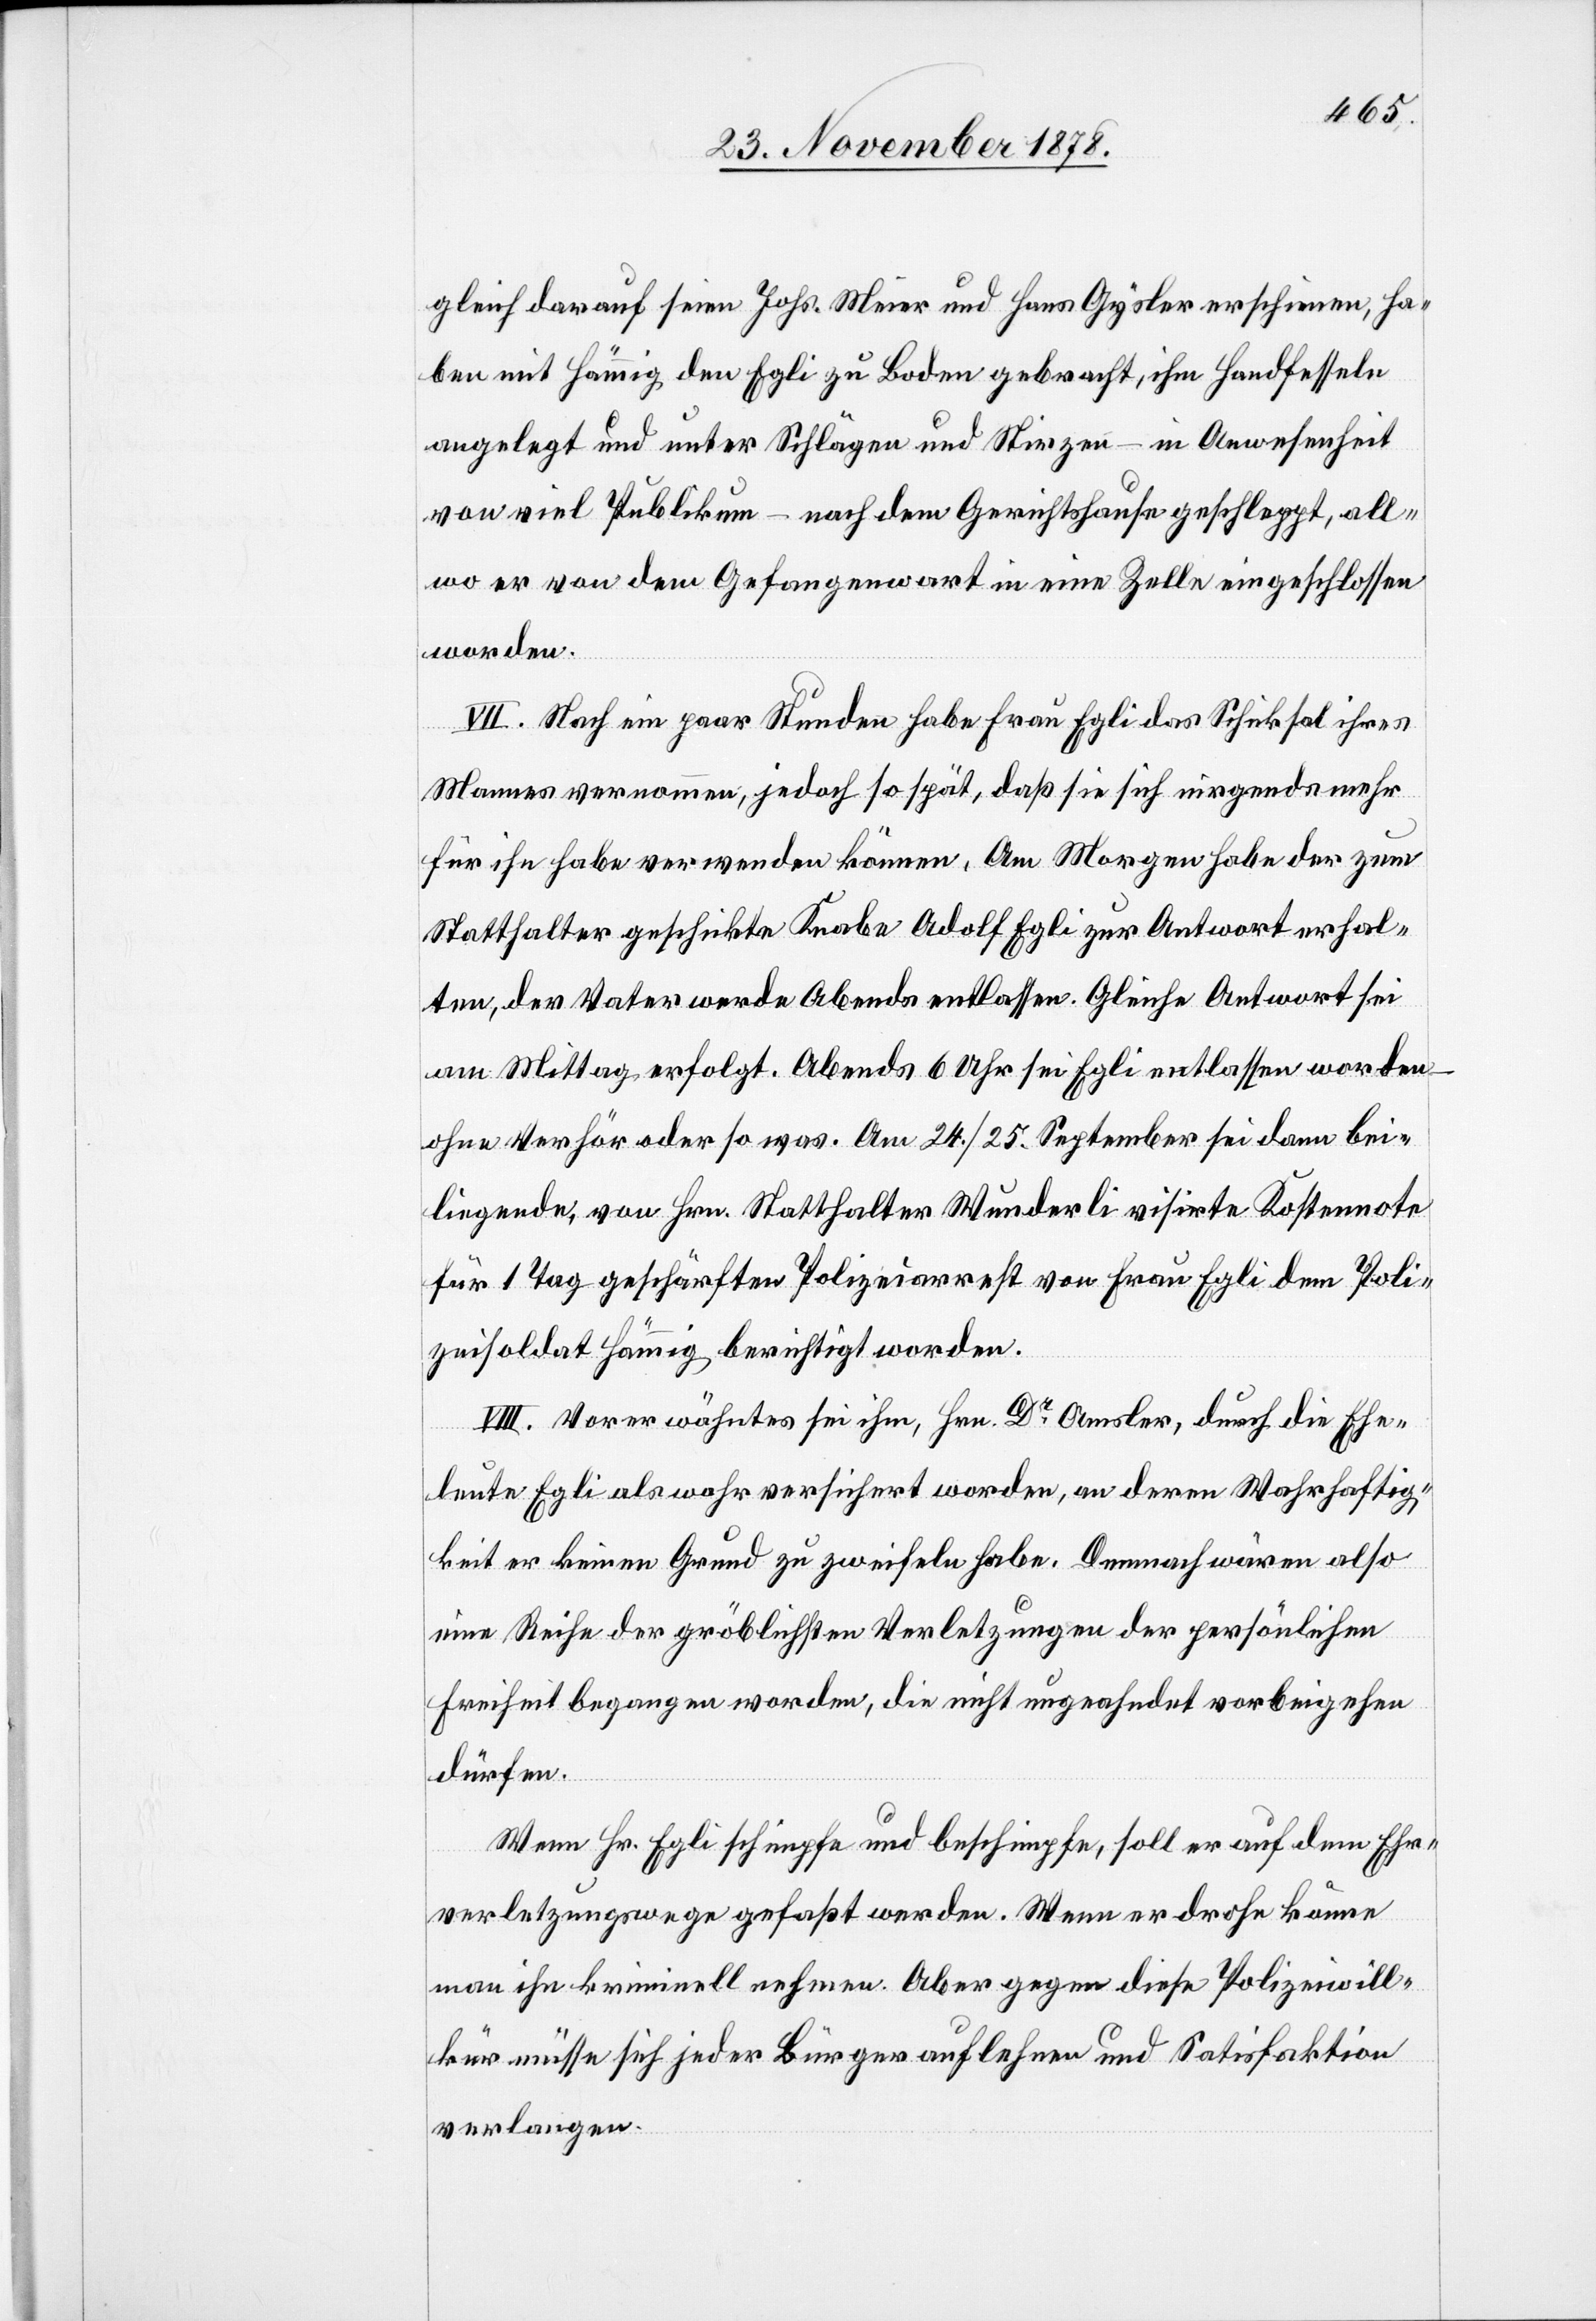
gleich darauf seien Johs. Meier und Hans Gysler erschienen, ha¬
ben mit Hämig, den Egli zu Boden gebracht, ihm Handfesseln
angelegt und unter Schlägen und Stirzen – in Anwesenheit
von viel Publikum – nach dem Gerichtshause geschleppt, all¬
wo er von dem Gefangenenwart in eine Zelle eingeschlossen
worden.
VII. Nach ein paar Stunden habe Frau Egli das Schiksal ihres
Mannes vernommen, jedoch so spät, daß sie sich nirgends mehr
für ihn habe verwenden können. Am Morgen habe der zum
Statthalter geschickte Knabe Adolf Egli zur Antwort erhal¬
ten, der Vater werde Abends entlassen. Gleiche Antwort sei
am Mittag erfolgt. Abends 6 Uhr sei Egli entlassen worden
ohne Verhör oder so was. Am 24./25. September sei dann bei¬
liegende, von Hrn. Statthalter Wunderli visirte Kostennote
für 1 Tag geschärften Polizeiarrest von Frau Egli dem Poli¬
zeisoldat Hämmig [sic!] berichtigt worden.
VIII. Vorerwähntes sei ihm, Hrn. Dr Amsler, durch die Ehe¬
leute Egli als wahr versichert worden, an deren Wahrhaftig¬
keit er keinen Grund zu zweifeln habe. Demnach wären also
eine Reihe der gröblichsten Verletzungen der persönlichen
Freiheit begangen worden, die nicht ungeahndet vorbeigehen
dürfen.
Wenn Hr. Egli schimpfe und beschimpfe, soll er auf dem Ehr¬
verletzungswege gefaßt werden. Wenn er drohe könne
man ihn kriminell nennen. Aber gegen diese Polizeiwill¬
kür müsse sich jeder Bürger auflehnen und Satisfaktion
verlangen.